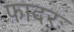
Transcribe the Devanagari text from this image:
फादरः